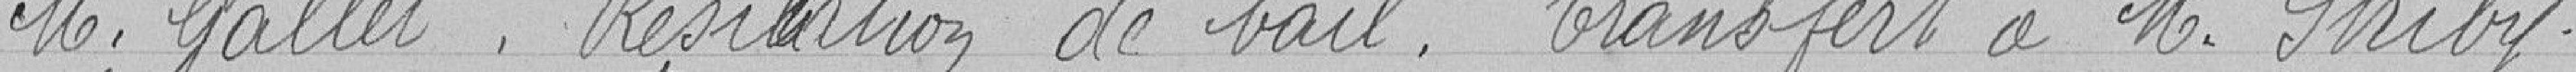
M. Gallet. Résiliation de bail. Transfert à M. Striby.